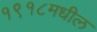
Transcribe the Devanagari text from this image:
१९१८मधील